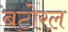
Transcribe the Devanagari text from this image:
बटोरल